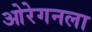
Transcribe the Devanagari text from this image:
ओरेगनला